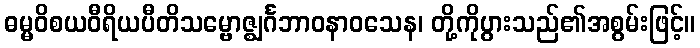
ဓမ္မဝိစယဝီရိယပီတိသမ္ဗောဇ္ဈင်္ဂဘာဝနာဝသေန၊ တို့ကိုပွားသည်၏အစွမ်းဖြင့်။